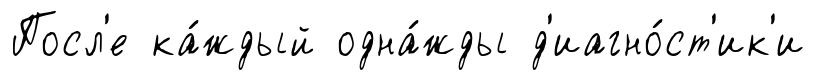
Посл'е ка́ждый одна́жды д'иагно́ст'ик'и